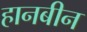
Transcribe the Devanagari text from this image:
हानबीन